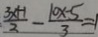
\frac { 3 x + 1 } { 3 } - \frac { 1 0 x - 5 } { 3 } = 1